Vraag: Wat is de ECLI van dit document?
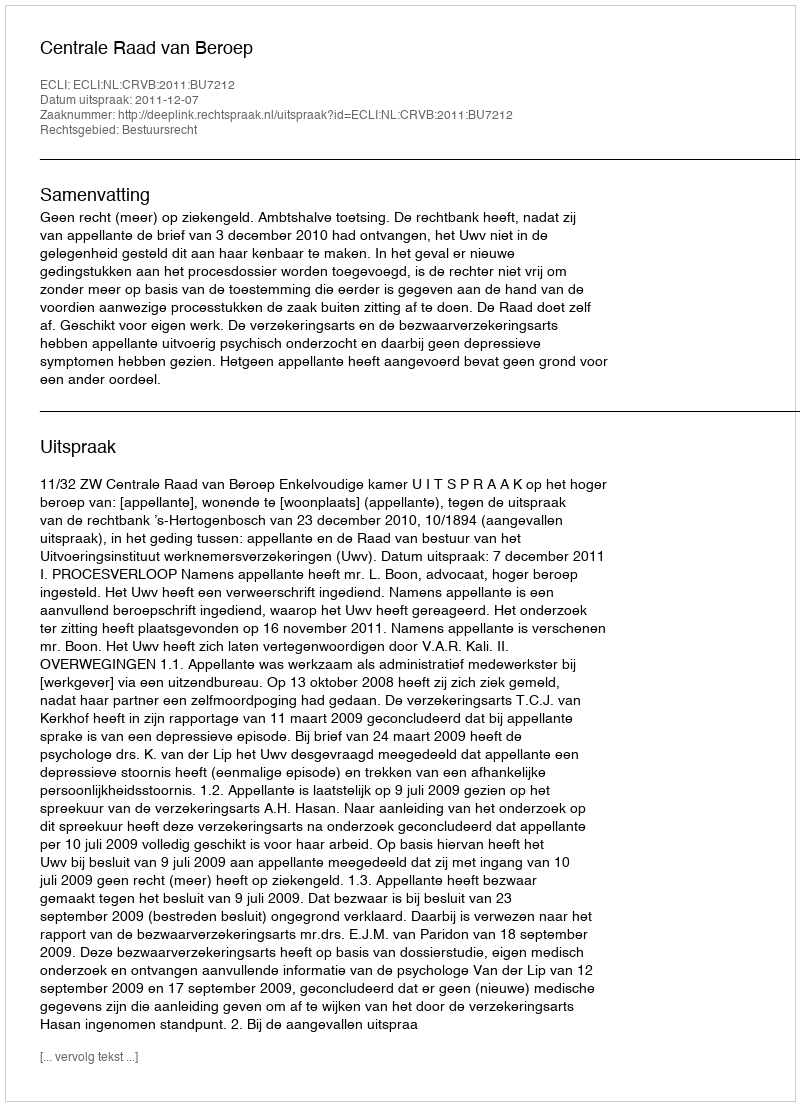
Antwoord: ECLI:NL:CRVB:2011:BU7212